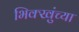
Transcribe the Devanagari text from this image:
भिक्खुंच्या